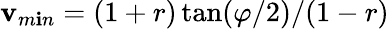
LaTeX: \mathbf{v}_{m\mathbf{i}n}=(1+r)\tan(\varphi/2)/(1-r)